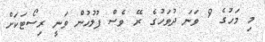
މި މަހުގެ 9 ވަނަ ދުވަހުގެ ރޭ ވެސް ފުލުހުން ވަނީ ރިސޯޓަކަށް